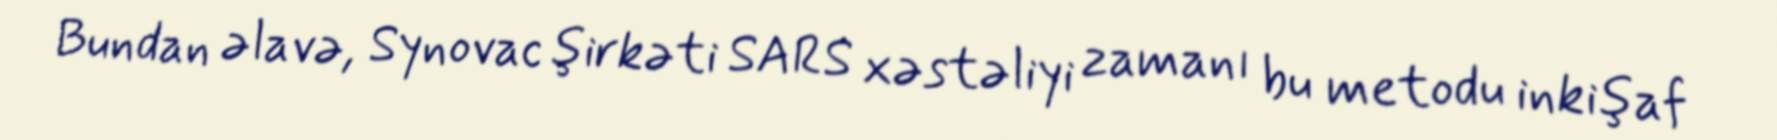
Bundan əlavə, Synovac şirkəti SARS xəstəliyi zamanı bu metodu inkişaf